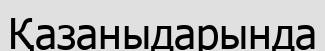
Қазаныдарында